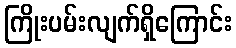
ကြိုးပမ်းလျက်ရှိကြောင်း